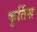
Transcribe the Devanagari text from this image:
कुर्तिस